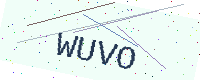
Text: WUVO